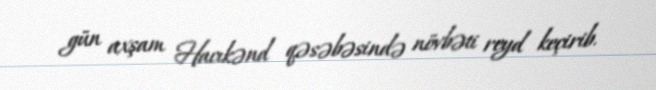
gün axşam Hacıkənd qəsəbəsində növbəti reyd keçirib.